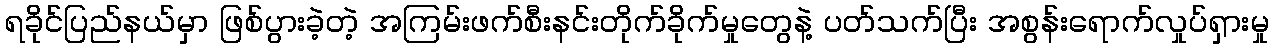
ရခိုင်ပြည်နယ်မှာ ဖြစ်ပွားခဲ့တဲ့ အကြမ်းဖက်စီးနင်းတိုက်ခိုက်မှုတွေနဲ့ ပတ်သက်ပြီး အစွန်းရောက်လှုပ်ရှားမှု